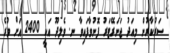
ސަރުކާރުން މިއަދު ޖަނަރޭޓަރު ފޮނުވާފައިވާ ނ. ވެލިދޫ އަކީ 2400 އަށް ވުރެ